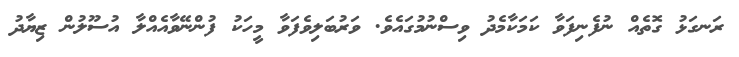
ރަނގަޅު ގޮތެއް ނުފެނިފަވާ ކަމަކާމެދު ވިސްނުމުގައެވެ. ވަރުބަލިވެފަވާ މީހަކު ފުންނޭވާއެއްލާ އުސޫލުން ޒިޔާދު